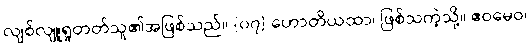
လျစ်လျူရှုတတ်သူ၏အဖြစ်သည်။ {၀၇} ဟောတိယထာ၊ ဖြစ်သကဲ့သို့။ ဧဝမေဝ၊